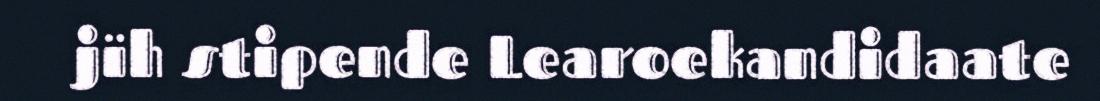
jïh stipende Learoekandidaate